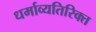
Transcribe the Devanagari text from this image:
धर्माव्यतिरिक्त